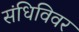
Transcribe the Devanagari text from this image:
संधिविवर